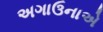
અગાઉનાએ